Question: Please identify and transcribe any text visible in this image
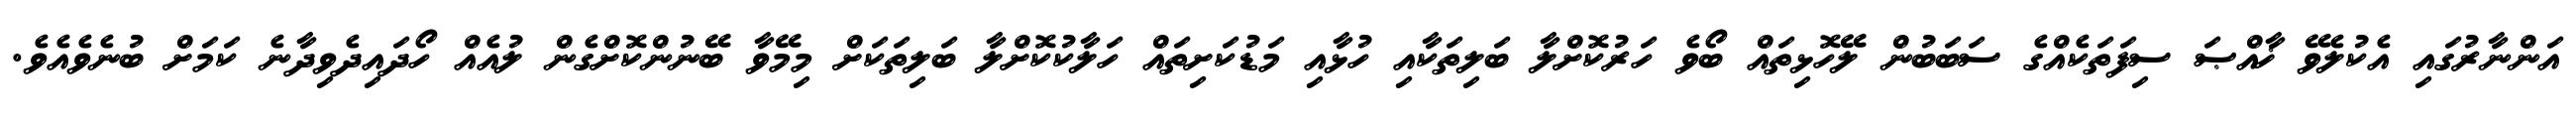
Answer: އަންނާރުގައި އެކުލެވޭ ޚާއްޞަ ސިފަތަކެއްގެ ސަބަބުން ލޭހޮޅިތައް ބޯވެ ހަރުކޮށްލާ ބަލިތަކާއި ހުޅާއި މަޑުކަށިތައް ހަލާކުކޮށްލާ ބަލިތަކަށް މިމޭވާ ބޭނުންކޮށްގެން ލުއެއް ހޯދައިދެވިދާނެ ކަމަށް ބުނެވެއެވެ.